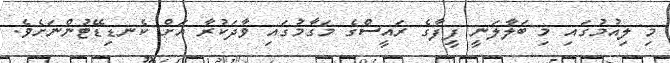
މި ލިއުމުގައި މި ބަލާލަނީ ފީފާގެ ރައީސްގެ މަގާމުގައި ވާދަކުރާ އަށް ކެނޑިޑޭޓުންނަށެވެ.